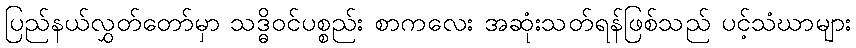
ပြည်နယ်လွှတ်တော်မှာ သဒ္ဓိဝင်ပစ္စည်း စာကလေး အဆုံးသတ်ရန်ဖြစ်သည် ပင့်သံဃာများ